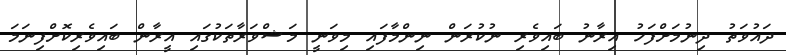
ދައުވަތު ދިނުމަށްފަހު އިރާނު ބައިވެރި ނުކުރަން ނިންމާފައި މިވަނީ މަޝްވަރާތަކުގައި އީރާން ބައިވެރިކޮށްފިނަމަ